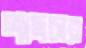
পাদচার